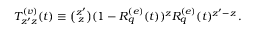
\begin{array} { r } { T _ { z ^ { \prime } z } ^ { ( v ) } ( t ) \equiv \binom { z ^ { \prime } } { z } ( 1 - R _ { q } ^ { ( e ) } ( t ) ) ^ { z } R _ { q } ^ { ( e ) } ( t ) ^ { z ^ { \prime } - z } \, . } \end{array}